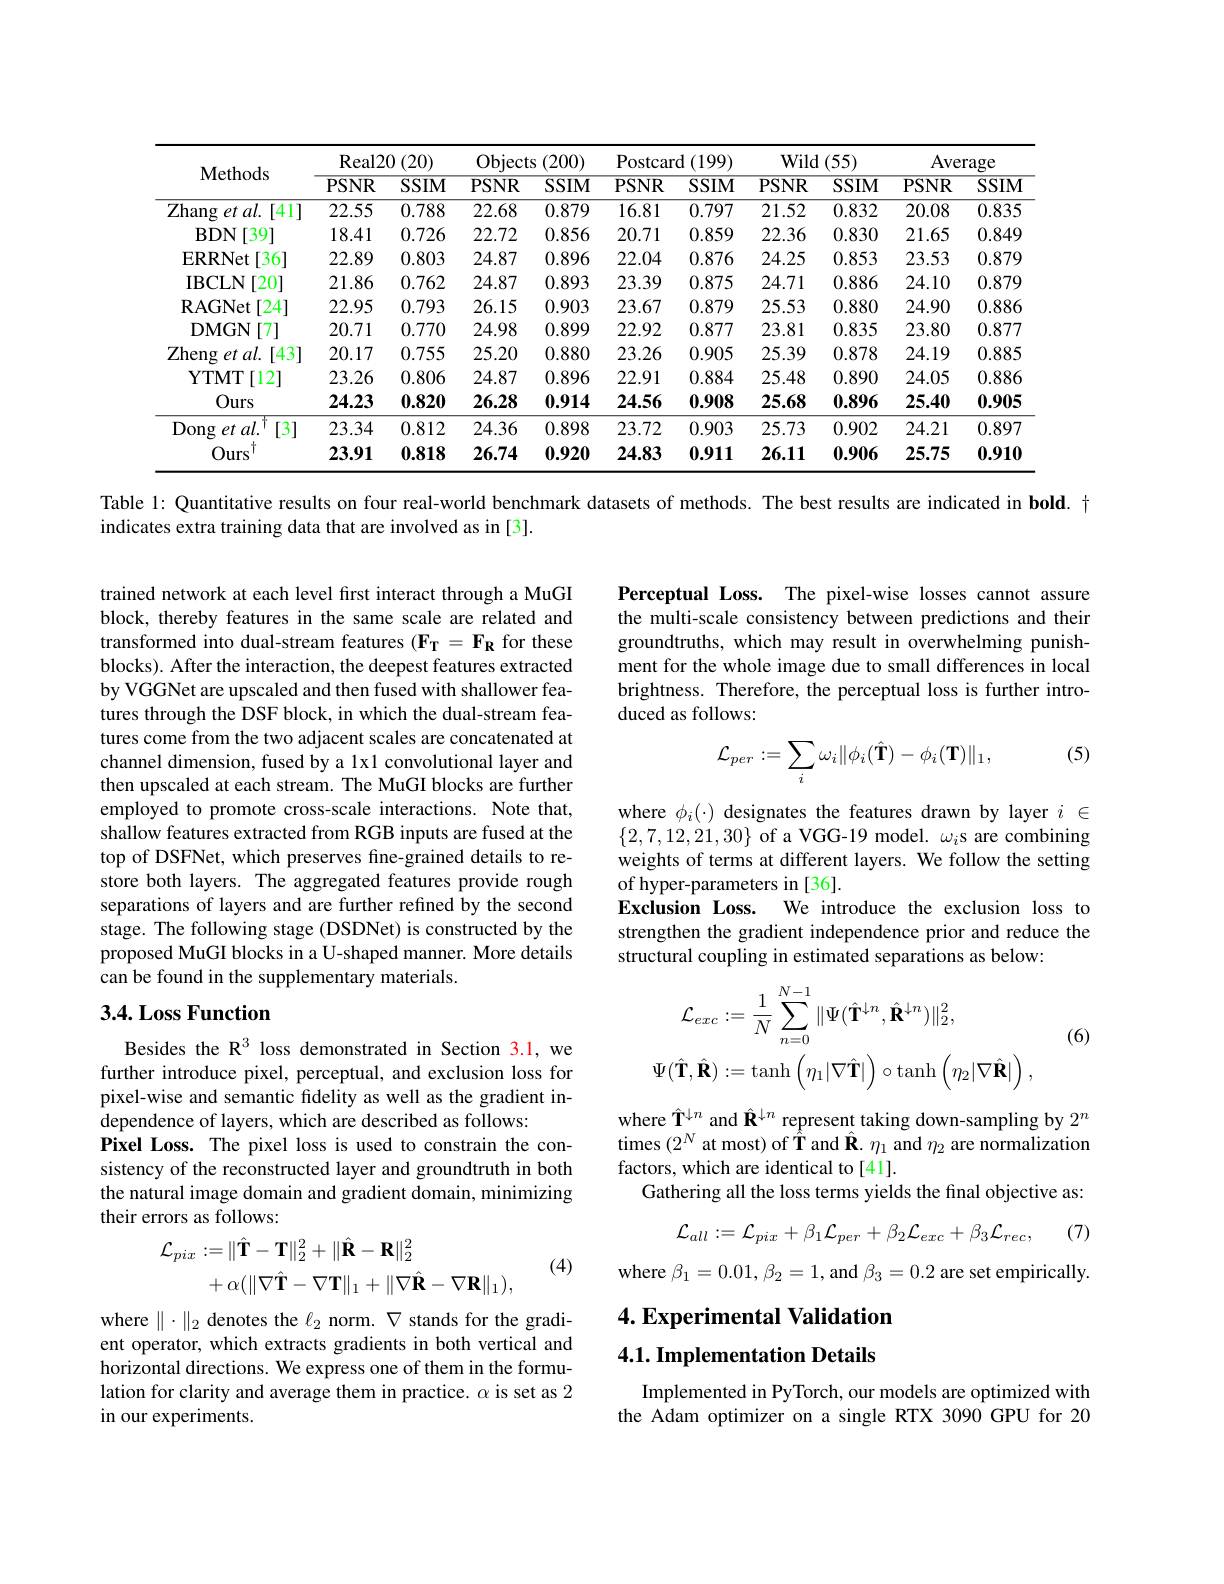
<table>
	<tbody>
		<tr>
			<th rowspan="2">Methods</th>
			<th colspan="2">Real20 ( 20) </th>
			<th colspan="2">Objects (200)</th>
			<th colspan="2">Postcard (199)</th>
			<th colspan="2">Wild (55) $1\boldsymbol{f}$</th>
			<th colspan="2">Average</th>
		</tr>
		<tr>
			<th>PSNR</th>
			<th>$\overline{SSIM}$</th>
			<th>PSNR</th>
			<th>$SSIM$</th>
			<th>PSNR</th>
			<th>$SSIM$</th>
			<th>PSNR</th>
			<th>$SSIM$</th>
			<th>PSNR</th>
			<th>$\overline{SSIM}$</th>
		</tr>
		<tr>
			<td>${\mathrm{Zhang~et~al.}}$ [41]</td>
			<td>22.55</td>
			<td>0.788</td>
			<td>22.68</td>
			<td>0.879</td>
			<td>16.81</td>
			<td>0.797</td>
			<td>21.52</td>
			<td>0.832</td>
			<td>20.08</td>
			<td>0.835</td>
		</tr>
		<tr>
			<td>$BDN$ [39]</td>
			<td>18.41</td>
			<td>0.726</td>
			<td>22.72</td>
			<td>0.856</td>
			<td>20.71</td>
			<td>0.859</td>
			<td>22.36</td>
			<td>0.830</td>
			<td>21.65</td>
			<td>0.849</td>
		</tr>
		<tr>
			<td>$\mathbf{ERRNet}$ [36]</td>
			<td>22.89</td>
			<td>0.803</td>
			<td>24.87</td>
			<td>0.896</td>
			<td>22.04</td>
			<td>0.876</td>
			<td>24.25</td>
			<td>0.853</td>
			<td>23.53</td>
			<td>0.879</td>
		</tr>
		<tr>
			<td>$\mathbf{IBCLN}$ [20]</td>
			<td>21.86</td>
			<td>0.762</td>
			<td>24.87</td>
			<td>0.893</td>
			<td>23.39</td>
			<td>0.875</td>
			<td>24.71</td>
			<td>0.886</td>
			<td>24.10</td>
			<td>0.879</td>
		</tr>
		<tr>
			<td>$\mathbf{RAGNet}$ [24]</td>
			<td>22.95</td>
			<td>0.793</td>
			<td>26.15</td>
			<td>0.903</td>
			<td>23.67</td>
			<td>0.879</td>
			<td>25.53</td>
			<td>0.880</td>
			<td>24.90</td>
			<td>0.886</td>
		</tr>
		<tr>
			<td>DMGN [7]</td>
			<td>20.71</td>
			<td>0.770</td>
			<td>24.98</td>
			<td>0.899</td>
			<td>22.92</td>
			<td>0.877</td>
			<td>23.81</td>
			<td>0.835</td>
			<td>23.80</td>
			<td>0.877</td>
		</tr>
		<tr>
			<td>Zheng $\therefore et$ $al.$ [43] 1</td>
			<td>20.17</td>
			<td>0.755</td>
			<td>25.20</td>
			<td>0.880</td>
			<td>23.26</td>
			<td>0.905</td>
			<td>25.39</td>
			<td>0.878</td>
			<td>24.19</td>
			<td>0.885</td>
		</tr>
		<tr>
			<td>$\mathbf{YTMT}$ [12]</td>
			<td>23.26</td>
			<td>0.806</td>
			<td>24.87</td>
			<td>0.896</td>
			<td>22.91</td>
			<td>0.884</td>
			<td>25.48</td>
			<td>0.890</td>
			<td>24.05</td>
			<td>0.886</td>
		</tr>
		<tr>
			<td>Ours</td>
			<td>24.23</td>
			<td>0.820</td>
			<td>26.28</td>
			<td>0.914</td>
			<td>24.56</td>
			<td>0.908</td>
			<td>25.68</td>
			<td>0.896</td>
			<td>25.40</td>
			<td>0.905</td>
		</tr>
		<tr>
			<td>$\operatorname { Dong} \textit{et al. }$ [3]</td>
			<td>23.34</td>
			<td>0.812</td>
			<td>24.36</td>
			<td>0.898</td>
			<td>23.72</td>
			<td>0.903</td>
			<td>25.73</td>
			<td>0.902</td>
			<td>24.21</td>
			<td>0.897</td>
		</tr>
		<tr>
			<td>Ours</td>
			<td>23.91</td>
			<td>0.818</td>
			<td>26.74</td>
			<td>0.920</td>
			<td>24.83</td>
			<td>0.911</td>
			<td>26.11</td>
			<td>0.906</td>
			<td>25.75</td>
			<td>0.910</td>
		</tr>
	</tbody>
</table>

Table 1: Quantitative results on four real-world benchmark datasets of methods. The best results are indicated in bold. +
indicates extra training data that are involved as in [3].

Perceptual Loss. The pixel-wise losses cannot assure the multi-scale consistency between predictions and their groundtruths, which may result in overwhelming punishment for the whole image due to small differences in local brightness. Therefore, the perceptual loss is further introduced as follows:

(5)
$$\mathcal{L}_{per}:=\sum_i\omega_i\|\phi_i(\hat{\mathbf{T}})-\phi_i(\mathbf{T})\|_1,$$
trained network at each level first interact through a MuGI block, thereby features in the same scale are related and transformed into dual-stream features $(\mathbf{F_T}=\mathbf{F_R}$ for these blocks). After the interaction, the deepest features extracted by VGGNet are upscaled and then fused with shallower features through the DSF block, in which the dual-stream features come from the two adjacent scales are concatenated at channel dimension, fused by a 1x1 convolutional layer and then upscaled at each stream. The MuGI blocks are further employed to promote cross-scale interactions. Note that, shallow features extracted from RGB inputs are fused at the top of DSFNet, which preserves fine-grained details to restore both layers. The aggregated features provide rough separations of layers and are further refined by the second stage. The following stage (DSDNet) is constructed by the proposed MuGI blocks in a U-shaped manner. More details can be found in the supplementary materials.

where $\phi_i(\cdot)$ designates the features drawn by layer $i\in$ $\{2,7,12,21,30\}$ of a VGG-19 model. $\omega_i$s are combining weights of terms at different layers. We follow the setting of hyper-parameters in[36].
Exclusion Loss. We introduce the exclusion loss to strengthen the gradient independence prior and reduce the structural coupling in estimated separations as below:

## 3.4. Loss Function

(6)
$$\begin{aligned}\mathcal{L}_{exc}&:=\frac{1}{N}\sum_{n=0}^{N-1}\|\Psi(\hat{\mathbf{T}}^{\downarrow n},\hat{\mathbf{R}}^{\downarrow n})\|_{2}^{2},\\\Psi(\hat{\mathbf{T}},\hat{\mathbf{R}})&:=\mathrm{tanh}\left(\eta_{1}|\nabla\hat{\mathbf{T}}|\right)\circ\mathrm{tanh}\left(\eta_{2}|\nabla\hat{\mathbf{R}}|\right),\end{aligned}$$
Besides the R$^3$ loss demonstrated in Section 3.1, we further introduce pixel, perceptual, and exclusion loss for pixel-wise and semantic fidelity as well as the gradient independence of layers, which are described as follows:
Pixel Loss. The pixel loss is used to constrain the consistency of the reconstructed layer and groundtruth in both the natural image domain and gradient domain, minimizing their errors as follows:
$$\begin{aligned}\mathcal{L}_{pix}&:=\|\hat{\mathbf{T}}-\mathbf{T}\|_{2}^{2}+\|\hat{\mathbf{R}}-\mathbf{R}\|_{2}^{2}\\&+\alpha(\|\nabla\hat{\mathbf{T}}-\nabla\mathbf{T}\|_{1}+\|\nabla\hat{\mathbf{R}}-\nabla\mathbf{R}\|_{1}),\end{aligned}$$
where $\hat{\mathbf{T}}^{\downarrow n}$ and $\hat{\mathbf{R}}^{\downarrow n}$ represent taking down-sampling by $2^n$ times $(2^N$ at most) of $\hat{\mathbf{T}}$ and $\hat{\mathbf{R}}.\eta_1$ and $\eta_2$ are normalization factors, which are identical to [41].
Gathering all the loss terms yields the final objective as:

(7)
$$\mathcal{L}_{all}:=\mathcal{L}_{pix}+\beta_{1}\mathcal{L}_{per}+\beta_{2}\mathcal{L}_{exc}+\beta_{3}\mathcal{L}_{rec},$$
where $\beta_1=0.01,\beta_2=1$,and $\beta_3=0.2$ are set empirically.

(4)

# 4. Experimental Validation 4.1. Implementation Details

where $\|\cdot\|_2$ denotes the $\ell_2$ norm. $\nabla$ stands for the gradient operator, which extracts gradients in both vertical and horizontal directions. We express one of them in the formulation for clarity and average them in practice. $\alpha$ is set as 2 in our experiments.

Implemented in PyTorch, our models are optimized with the Adam optimizer on a single RTX 3090 GPU for 20